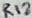
Text: R12